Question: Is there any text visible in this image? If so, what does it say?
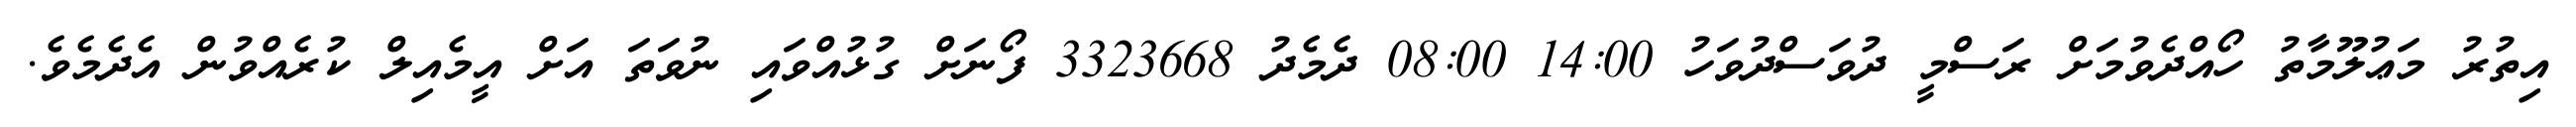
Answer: އިތުރު މަޢުލޫމާތު ހޯއްދެވުމަށް ރަސްމީ ދުވަސްދުވަހު 14:00 08:00 ދެމެދު 3323668 ފޯނަށް ގުޅުއްވައި ނުވަތަ އަށް އީމެއިލް ކުރެއްވުން އެދެމެވެ.